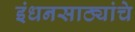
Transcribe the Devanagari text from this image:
इंधनसाठ्यांचे